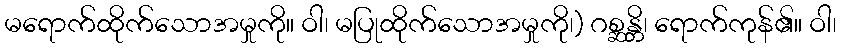
မရောက်ထိုက်သောအမှုကို။ ဝါ၊ မပြုထိုက်သောအမှုကို၊) ဂစ္ဆန္တိ၊ ရောက်ကုန်၏။ ဝါ၊